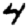
Digit: 4